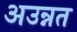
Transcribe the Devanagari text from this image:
अउन्नत